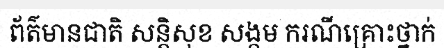
ព័ត៌មានជាតិ សន្តិសុខ សង្គម ករណីគ្រោះថ្នាក់